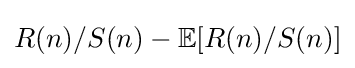
R(n)/S(n)-\mathbb {E} [R(n)/S(n)]